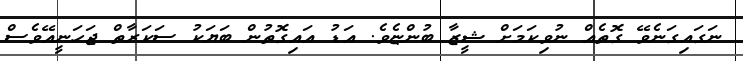
ނަގައިގަނެވޭ ގޮތެއް ނުވިކަމަށް ޝީޒާ ބުންޏެވެ. އަޑު އައިގޮތުން ބަޔަކު ސަކަރާތް ޖަހަނީއޭވެސް